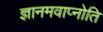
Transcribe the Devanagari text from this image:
ज्ञानमवाप्नोति